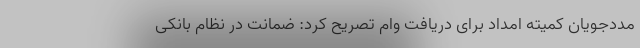
مددجویان کمیته امداد برای دریافت وام تصریح کرد: ضمانت در نظام بانکی